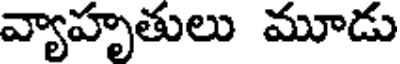
వ్యాహృతులు మూడు